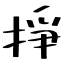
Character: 掙